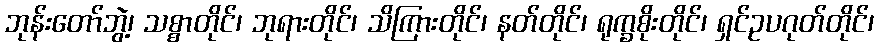
ဘုန်းတော်ဘွဲ့၊ သစ္စာတိုင်၊ ဘုရားတိုင်၊ သိကြားတိုင်၊ နတ်တိုင်၊ ရုက္ခစိုးတိုင်၊ ရှင်ဥပဂုတ်တိုင်၊